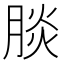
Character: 腅